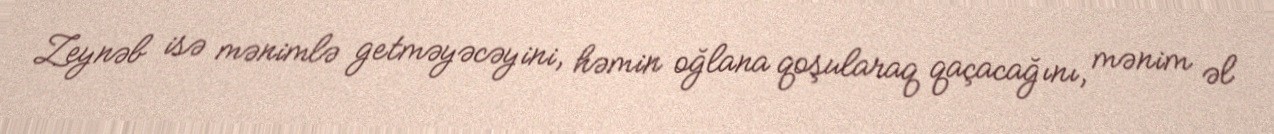
Zeynəb isə mənimlə getməyəcəyini, həmin oğlana qoşularaq qaçacağını, mənim əl